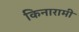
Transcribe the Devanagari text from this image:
किनारामी